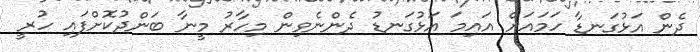
ދެން އަޅުގަނޑާ ހަމައަށް އައިމަ އަޅުގަނޑު ދެންނެވިން މިހާރު މީނާ ބަންދުކޮށްފައި ހުރީ